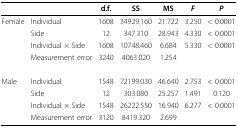
<table><thead><tr><td></td><td></td><td><b>d.f.</b></td><td><b>SS</b></td><td><b>MS</b></td><td><b><i>F</i></b></td><td><b><i>P</i></b></td></tr></thead><tbody><tr><td>Female</td><td>Individual</td><td>1608</td><td>34929.160</td><td>21.722</td><td>3.250</td><td>&lt; 0.0001</td></tr><tr><td></td><td>Side</td><td>12</td><td>347.310</td><td>28.943</td><td>4.330</td><td>&lt; 0.0001</td></tr><tr><td></td><td>Individual × Side</td><td>1608</td><td>10748.460</td><td>6.684</td><td>5.330</td><td>&lt; 0.0001</td></tr><tr><td></td><td>Measurement error</td><td>3240</td><td>4063.020</td><td>1.254</td><td></td><td></td></tr><tr><td>Male</td><td>Individual</td><td>1548</td><td>72199.030</td><td>46.640</td><td>2.753</td><td>&lt; 0.0001</td></tr><tr><td></td><td>Side</td><td>12</td><td>303.080</td><td>25.257</td><td>1.491</td><td>0.120</td></tr><tr><td></td><td>Individual × Side</td><td>1548</td><td>26222.550</td><td>16.940</td><td>6.277</td><td>&lt; 0.0001</td></tr><tr><td></td><td>Measurement error</td><td>3120</td><td>8419.320</td><td>2.699</td><td></td><td></td></tr></tbody></table>